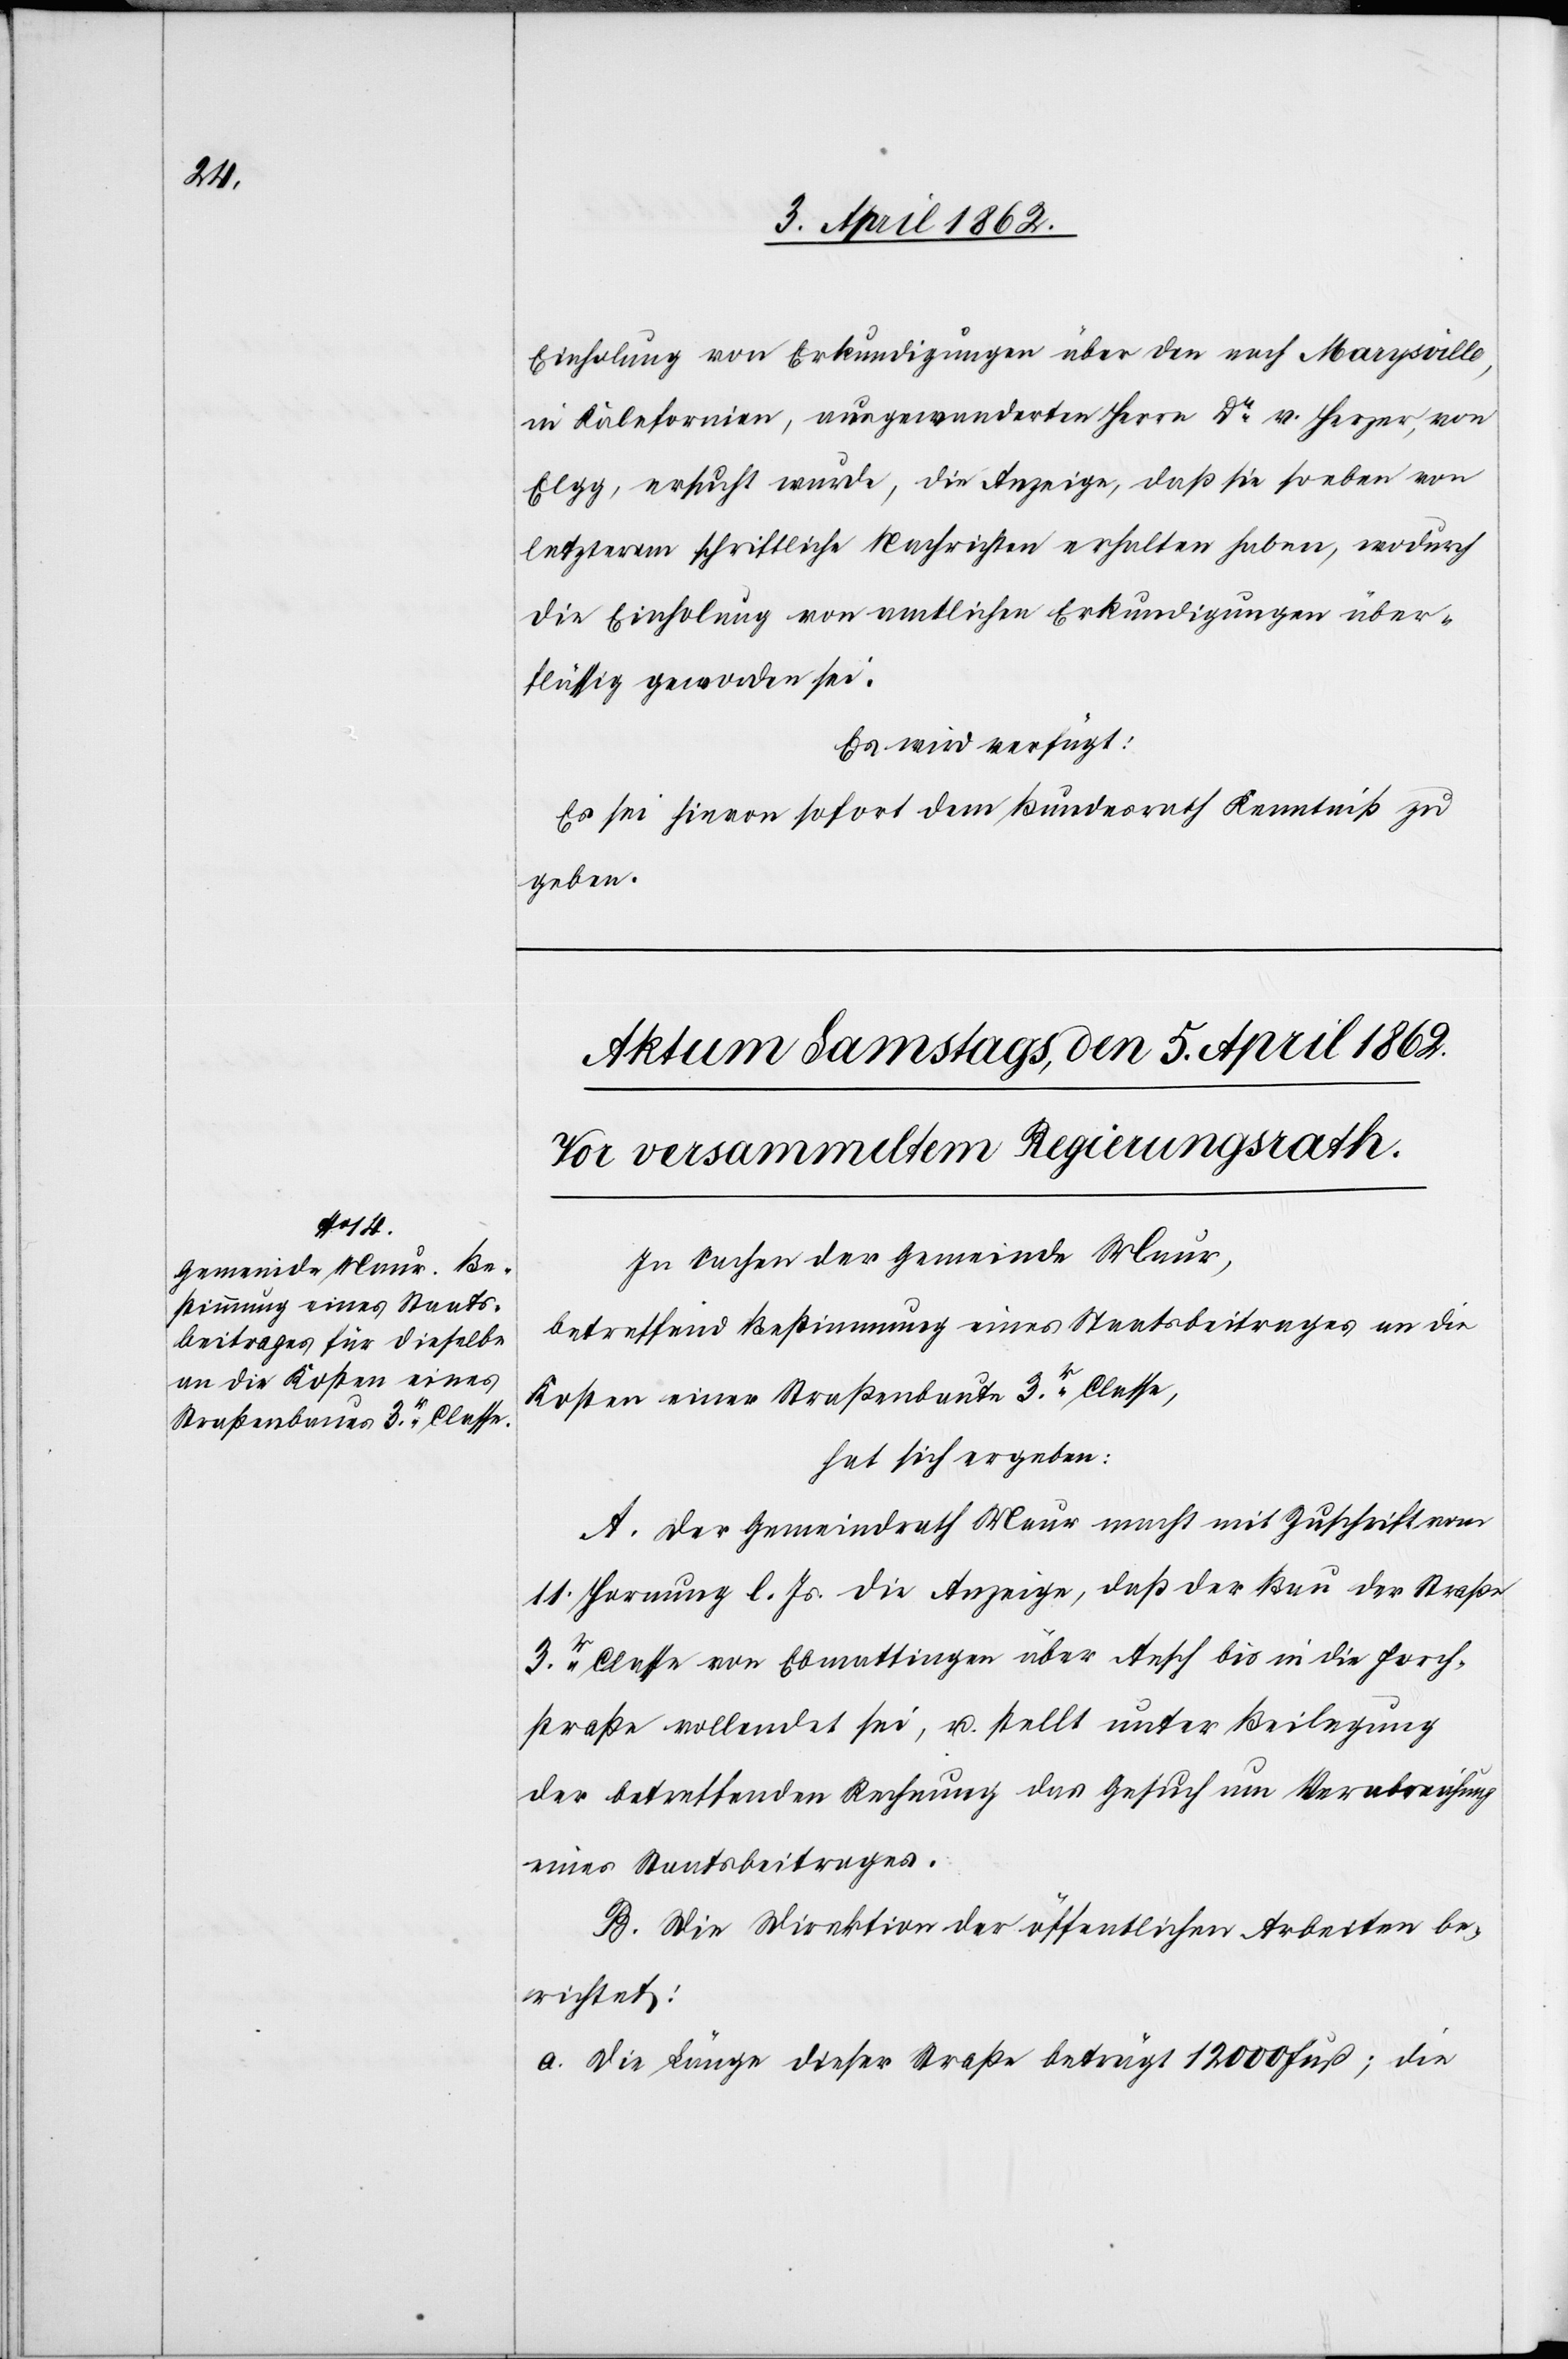
Einholung von Erkundigungen über den nach Maryville,
in Kalifornien, ausgewanderten Herrn Dr. v. Herzer, von
Elgg, ersucht wurde, die Anzeige, daß sie soeben von
letzterem schriftliche Nachrichten erhalten haben, wodurch
die Einholung von amtlichen Erkundigungen über¬
flüssig geworden sei.
Es wird verfügt:
Es sei hievon sofort dem Bundesrath Kenntniß zu
geben.
In Sachen der Gemeinde Maur,
betreffend Bestimmung eines Staatsbeitrags an die
Kosten einer Straßenbaute 3r. Classe,
hat sich ergeben:
A. Der Gemeindrath Maur macht mit Zuschrift vom
11. Hornung l. Js. die Anzeige, daß der Bau der Straße
3r. Classe von Ebmattingen über Aesch bis in die Forch¬
straße vollendet sei, u. stellt unter Beilegung
der betreffenden Rechnung das Gesuch um Verabreichung
eines Staatsbeitrages.
B. Die Direktion der öffentlichen Arbeiten be¬
richtet:
a. die Länge dieser Straße beträgt 12 000 Fuß; die